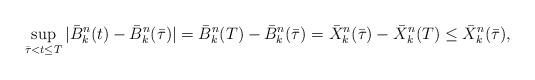
LaTeX: \begin{align*}\sup_{{\bar{\tau}} < t \le T} |{\bar{B}}^n_k(t) - {\bar{B}}^n_k({\bar{\tau}})| = {\bar{B}}^n_k(T) - {\bar{B}}^n_k({\bar{\tau}}) = {\bar{X}}^n_k({\bar{\tau}}) - {\bar{X}}^n_k(T) \le {\bar{X}}^n_k({\bar{\tau}}),\end{align*}